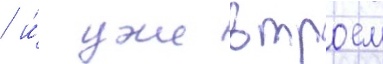
/ и́ уже втроем